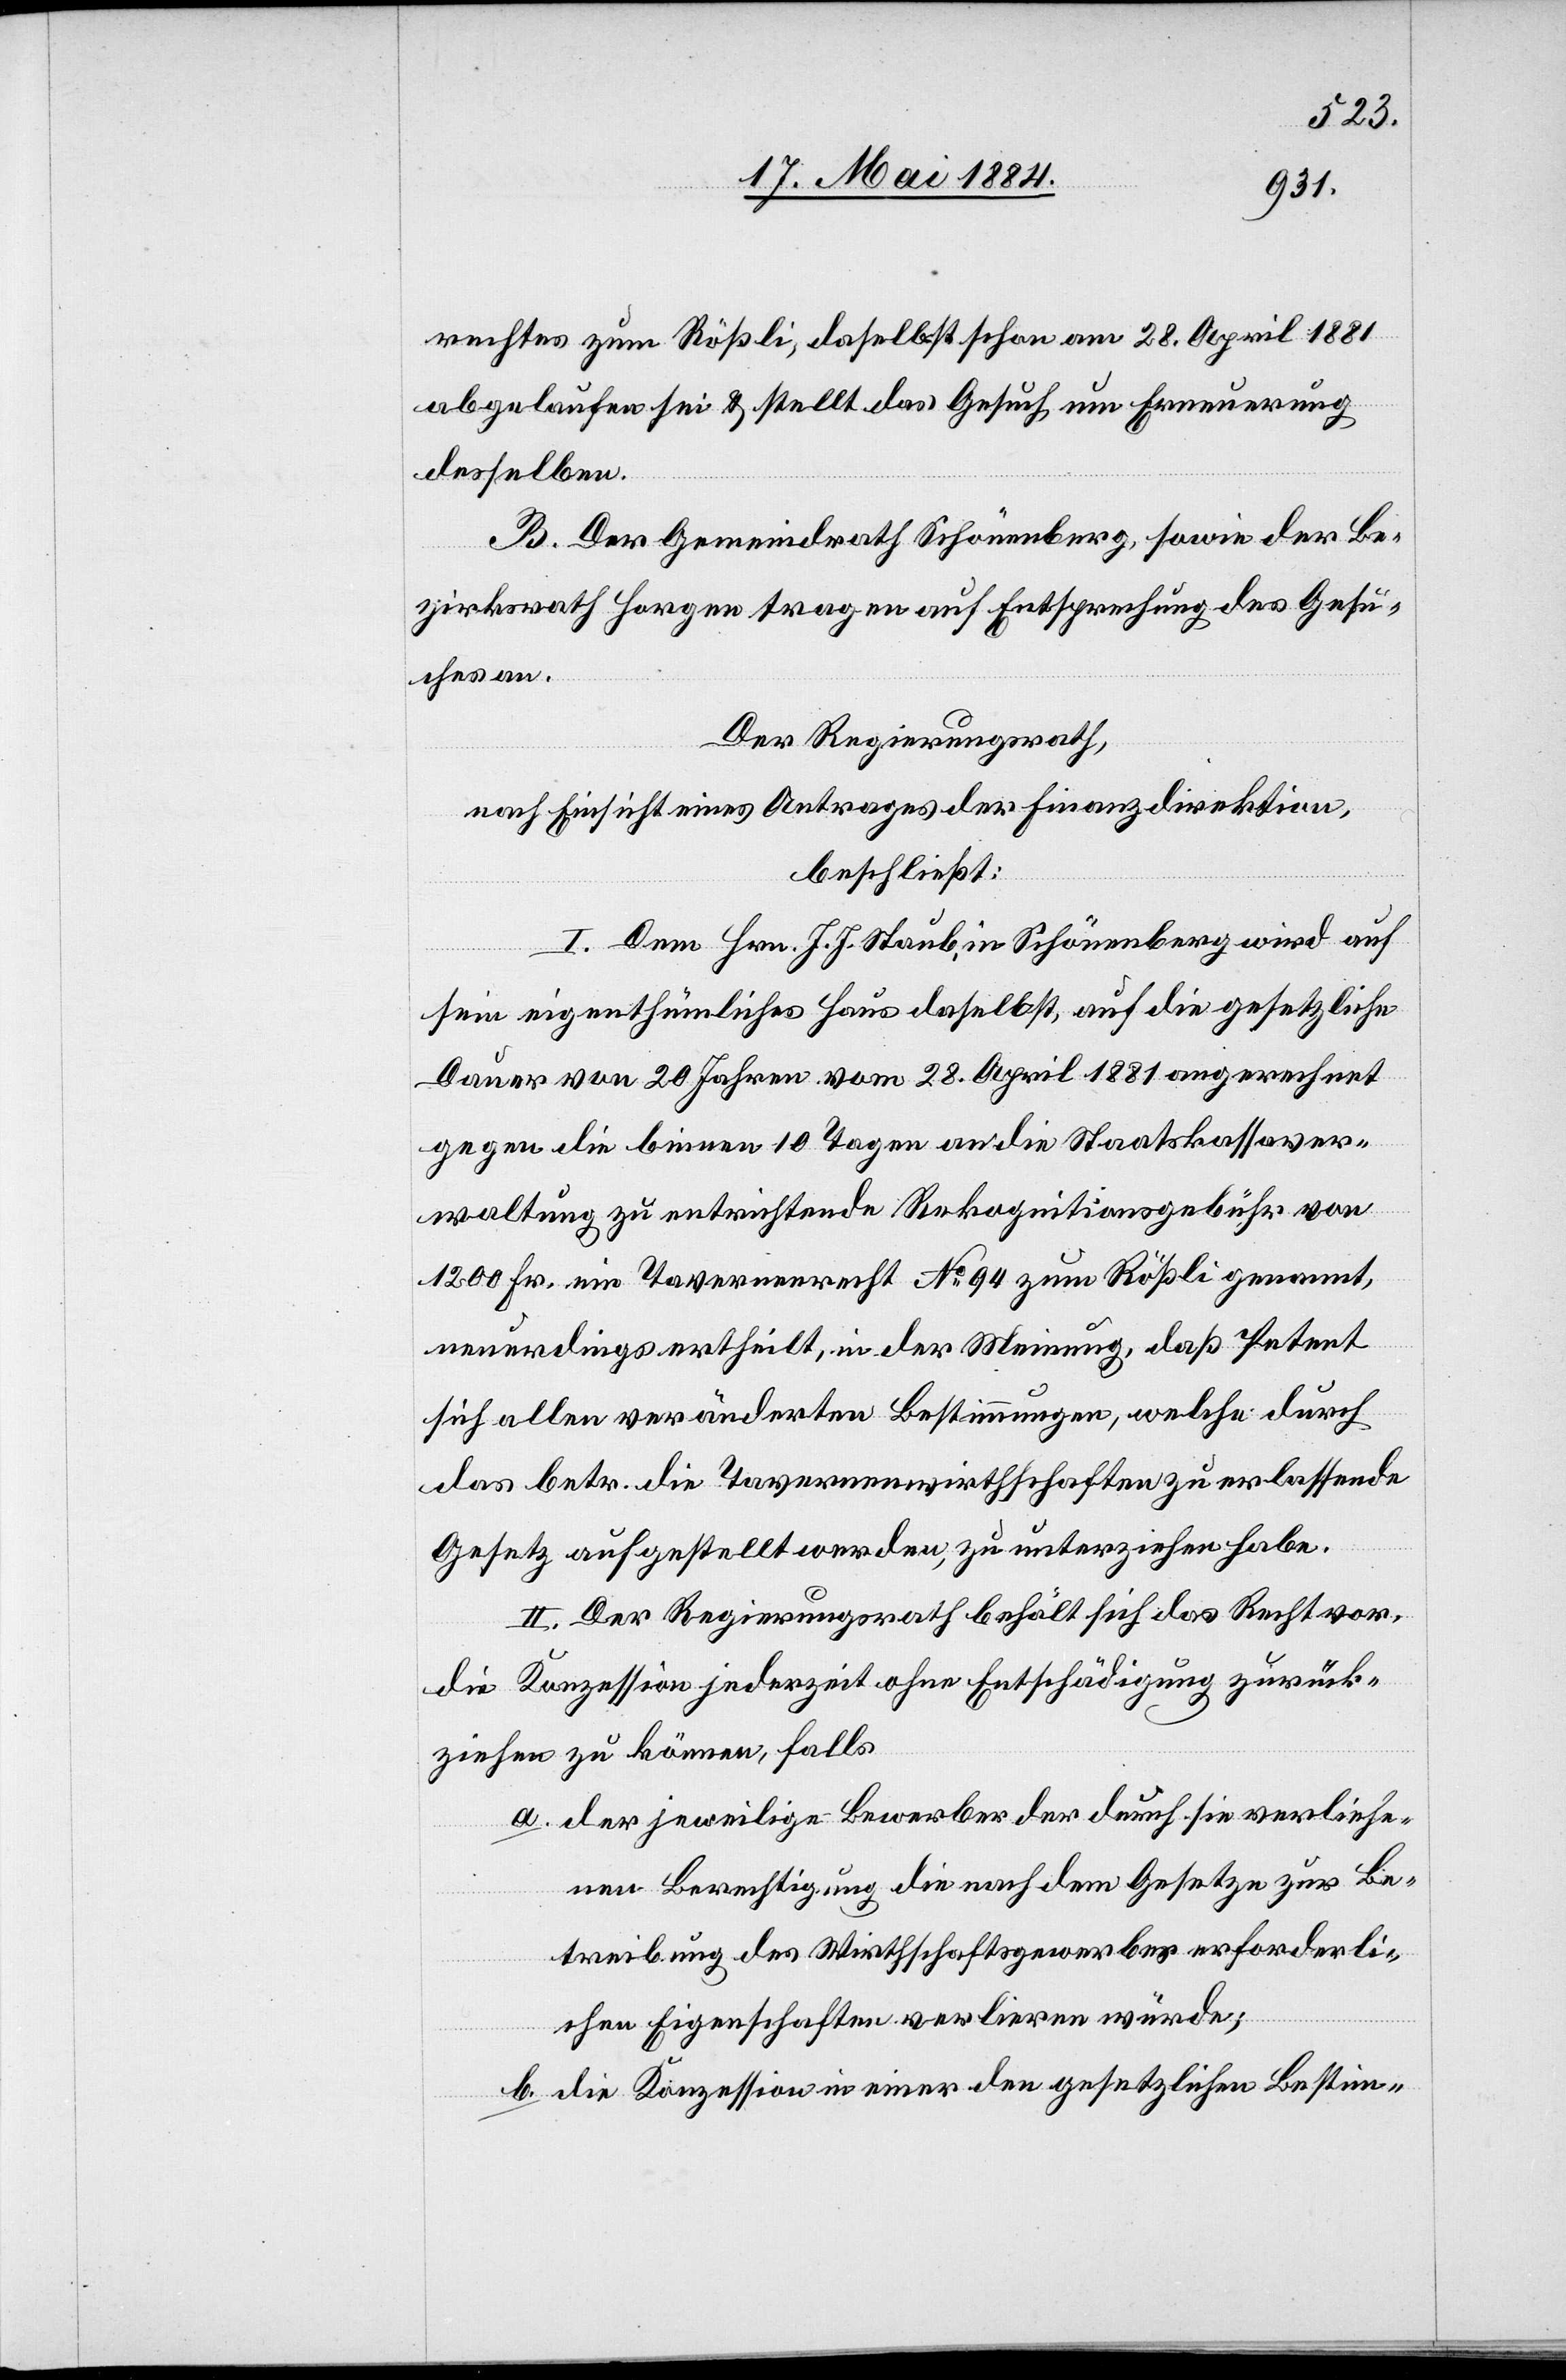
rechtes zum Rößli, daselbst schon am 28. April 1881
abgelaufen sei & stellt das Gesuch um Erneuerung
desselben.
B. Der Gemeindrath Schönenberg, sowie der Be¬
zirksrath Horgen tragen auf Entsprechung des Gesu¬
ches an.
Der Regierungsrath,
nach Einsicht eines Antrages der Finanzdirektion,
beschließt:
I. Dem Hrn. J. J. Staub, in Schönenberg wird auf
sein eigenthümliches Haus daselbst, auf die gesetzliche
Dauer von 20 Jahren vom 28. April 1881 an gerechnet
gegen die binnen 10 Tagen an die Staatskassaver¬
waltung zu entrichtende Rekognitionsgebühr von
1200 Fr. ein Tavernenrecht No94 zum Rößli genannt,
neuerdings ertheilt, in der Meinung, daß Petent
sich allen veränderten Bestimmungen, welche durch
das betr. die Tavernenwirthschaften zu erlassende
Gesetz aufgestellt werden, zu unterziehen habe.
II. Der Regierungsrath behält sich das Recht vor,
die Konzession jederzeit ohne Entschädigung zurück¬
ziehen zu können, falls
a. der jeweilige Bewerber der durch sie verliehe¬
ne Berechtigung die nach dem Gesetze zur Be¬
treibung des Wirthschaftsgewerbes erforderli¬
chen Eigenschaften verlieren würde;
b. die Konzession in einer den gesetzlichen Bestim-